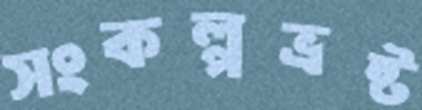
সংকল্পভ্রষ্ট